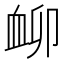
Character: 𧖰